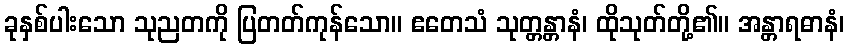
ခုနှစ်ပါးသော သုညတကို ပြတတ်ကုန်သော။ ဧတေသံ သုတ္တန္တာနံ၊ ထိုသုတ်တို့၏။ အန္တာရဓာနံ၊